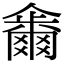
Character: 𠑂